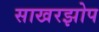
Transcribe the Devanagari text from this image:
साखरझोप